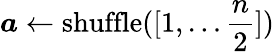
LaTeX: \boldsymbol a\gets\mathrm{shuffle}([1,\dots\frac{n}{2}])